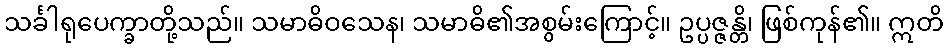
သင်္ခါရုပေက္ခာတို့သည်။ သမာဓိဝသေန၊ သမာဓိ၏အစွမ်းကြောင့်။ ဥပ္ပဇ္ဇန္တိ၊ ဖြစ်ကုန်၏။ ဣတိ